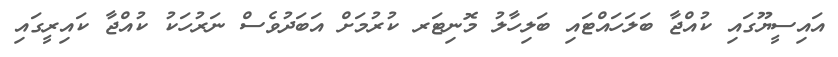
އައިސީޔޫގައި ކުއްޖާ ބަލަހައްޓައި ބަލިހާލު މޮނިޓަރ ކުރުމަށް އަބަދުވެސް ނަރުހަކު ކުއްޖާ ކައިރީގައި